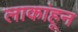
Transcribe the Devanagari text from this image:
लाकांहून